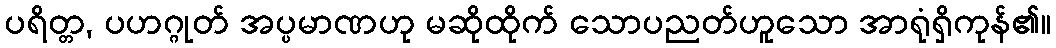
ပရိတ္တ, ပဟဂ္ဂုတ် အပ္ပမာဏဟု မဆိုထိုက် သောပညတ်ဟူသော အာရုံရှိကုန်၏။